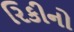
રિકીનો